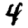
Digit: 4